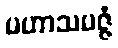
မဟာသမဇ္ဇံ